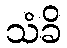
သံခိ